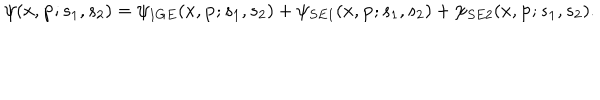
\psi ( x , { \bf p } ; s _ { 1 } , s _ { 2 } ) = \psi _ { 1 G E } ( x , { \bf p } ; s _ { 1 } , s _ { 2 } ) + \psi _ { S E 1 } ( x , { \bf p } ; s _ { 1 } , s _ { 2 } ) + \psi _ { S E 2 } ( x , { \bf p } ; s _ { 1 } , s _ { 2 } ) .